Report of the Indian Hemp Drugs Commission, 1894-1895 - Volume VII
Year: 1894
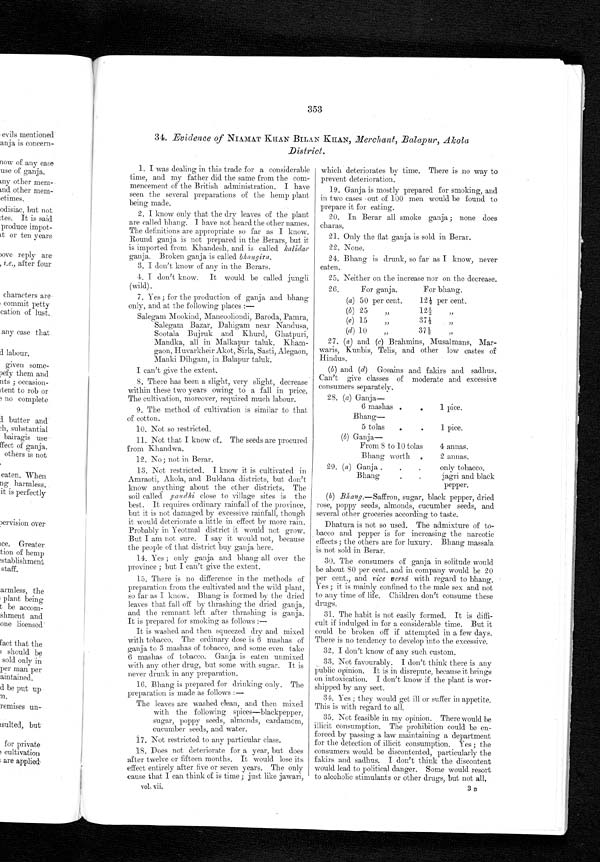
34. Evidence of NIAMAT KHAN BILAN KHAN, Merchant, Balapur, Akola
District.
1. I was dealing in this trade for a considerable
time, and my father did the same from the com-
mencement of the British administration. I have
seen the several preparations of the hemp plant
being made.
2. I know only that the dry leaves of the plant
are called bhang. I have not heard the other names.
The definitions are appropriate so far as I know.
Round ganja is not prepared in the Berars, but it
is imported from Khandesh, and is called kalidarg a n j a
. B r o k e n g a n j a i s c a l l e d
b h a n g i r a .
3. I don't know of any in the Berars.
4. I don't know. It would be called jungli
(wild).
7. Yes ; for the production of ganja and bhang
only, and at the following places :
—
Salegam Mookind, Mancooliondi, Baroda, Parma,
Salegam Bazar, Dahigam near Nandusa,
Sootala Bujruk and Khurd, Ghatpuri,
Mandka, all in Malkapur taluk. Kham-
gaon, Huvarkheir Akot, Sirla, Sasti, Alegaon,
Manki Dihgam, in Balapur taluk.
I can't give the extent.
8. There has been a slight, very slight, decrease
within these two years owing to a fall in price.
The cultivation, moreover, required much labour.
9. The method of cultivation is similar to that
of cotton.
10. Not so restricted.
11. Not that I know of. The seeds are procured
12. No ; not in Berar.
13. Not restricted. I know it is cultivated in
Amraoti, Akola, and Buldana districts, but don't
know anything about the other districts. The
soil called pandhi close to village sites is the
best. It requires ordinary rainfall of the province,
but it is not damaged by excessive rainfall, though
it would deteriorate a little in effect by more rain.
Probably in Yeotmal district it would not grow.
But I am not sure. I say it would not, because
the people of that district buy ganja here.
14. Yes ; only ganja and bhang all over the
province ; but I can't give the extent.
15. There is no difference in the methods of
preparation from the cultivated and the wild plant,
so far as I know. Bhang is formed by the dried
leaves that fall off by thrashing the dried ganja,
and the remnant left after thrashing is ganja.
It is prepared for smoking as follows :—
It is washed and then squeezed dry and mixed
with tobacco. The ordinary dose is 6 mashas of
ganja to 3 mashas of tobacco, and some even take
6 mashas of tobacco. Ganja is eaten unmixed
with any other drug, but some with sugar. It is
never drunk in any preparation.
16. Bhang is prepared for drinking only. The
preparation is made as follows :—
The leaves are washed clean, and then mixed
with the following spices—blackpepper,
sugar, poppy seeds, almonds, cardamom,
cucumber seeds, and water.
17. Not restricted to any particular class.
1S. Does not deteriorate for a year, but does
after twelve or fifteen months. It would lose its
effect entirely after five or seven years. The only
cause that I can think of is time ; just like jawari,
vol. vii.
which deteriorates by time. There is no way to
prevent deterioration.
19. Ganja is mostly prepared. for smoking, and
in two cases -out of 100 men would be found to
prepare it for eating.
20. In Berar all smoke ganja ; none does
charas.
21. Only the flat ganja is sold in Berar.
22. None.
24. Bhang is drunk, so far as I know, never
eaten.
25. Neither on the increase nor on the decrease.
26.
For ganja.
For bhan g.
(a) 50 per cent.
121/2 per cent.
(b) 25 "
121/2 "
(c) 15 "
371/2 "
(d) 10
"
371/2 "
27. (a) and (c) Brahmins, Musal mans, Mar-
waris, Kunbis, Telis, and other low castes of
Hindus.
(b) and (d) Gosains and fakirs and sadhus.
Can't give classes of moderate and excessive
consumers separately.
28. (a) Garda
—
6 mashas .
1 pice.
Bhan g —
5 tolas
.
.
1 pice.
(b) Ganja
—
From 8 to 10 tolas
4 annas.
Bhang worth .
2 annas.
29. (a) Ganja.
Bhang.
.
only tobacco.
jagri and black
pepper.
(b) Bhang.—Saffron, sugar, black pepper, dried
rose, poppy seeds, almonds, cucumber seeds, and
several other groceries according to taste.
Dhatura is not so used. The admixture of to-
bacco and pepper is for increasing the narcotic
effects ; the others are for luxury. Bhang massala
is not sold in Berar.
30. The consumers of ganja in solitude would
be about 80 per cent. and in company would be 20
per cent., and vice versd with regard to bhang.
Yes ; it is mainly confined to the male sex and not
to any time of life. Children don't consume these
drugs.
31. The habit is not easily formed. It is diffi-
cult if indulged in for a considerable time. But it
could be broken Off if attempted in a few days.
There is no tendency to develop into the excessive.
32. I don't know of any such custom.
33. Not favourably. I don't think there is any
public opinion. It is in disrepute, because it brings
on intoxication. I don't know if the plant is wor-
shipped by any sect.
34. Yes ; they would get ill or suffer in appetite.
This is with regard to all.
35. Not feasible in my opinion. There would be
illicit consumption. The prohibition could be en-
forced by passing a law maintaining a department
for the detection of illicit consumption. Yes ; the
consumers would be discontented, particularly the
fakirs and sadhus. I don't think the discontent
would lead to political danger. Some would. resort
to alcoholic stimulants or other drugs, but not all.
3 B